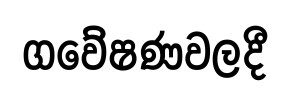
ගවේෂණවලදී